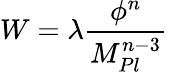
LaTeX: W=\lambda{\frac{\phi^{n}}{M_{Pl}^{n-3}}}~